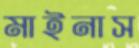
মাইনাস